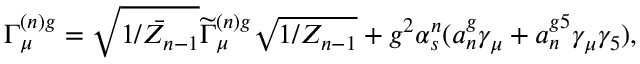
\Gamma _ { \mu } ^ { ( n ) g } = \sqrt { \bar { 1 / Z _ { n - 1 } } } \widetilde { \Gamma } _ { \mu } ^ { ( n ) g } \sqrt { 1 / Z _ { n - 1 } } + g ^ { 2 } \alpha _ { s } ^ { n } ( a _ { n } ^ { g } \gamma _ { \mu } + a _ { n } ^ { g 5 } \gamma _ { \mu } \gamma _ { 5 } ) ,